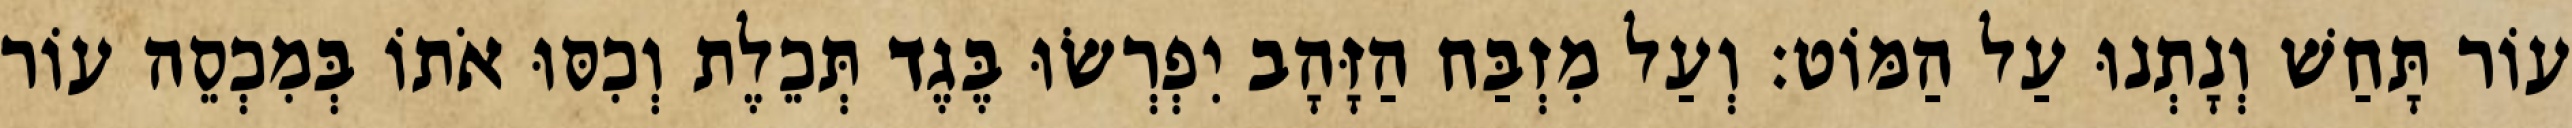
עוֹר תָּחַשׁ וְנָתְנוּ עַל הַמּוֹט׃ וְעַל מִזְבַּח הַזָּהָב יִפְרְשׂוּ בֶּגֶד תְּכֵלֶת וְכִסּוּ אֹתוֹ בְּמִכְסֵה עוֹר